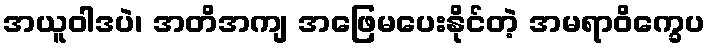
အယူဝါဒပဲ၊ အတိအကျ အဖြေမပေးနိုင်တဲ့ အမရာဝိက္ခေပ